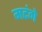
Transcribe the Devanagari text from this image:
मटंगे